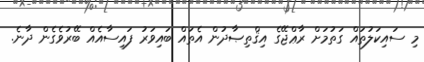
މި ސައިކަލުތައް ގަތުމަށް ރާޢްޖޭގެ އިޤްތިޞާދުން އެތައް ބައިވަރު ފައިސާއެއް ބޭރުވެގެން ދާނެ.